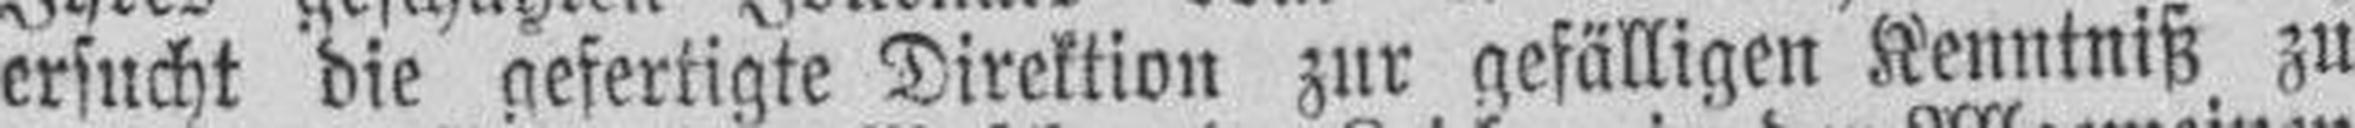
ersucht die gefertigte Direktion zur gefälligen Kenntniß zu